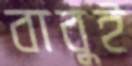
বাবুই